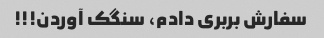
سفارش بربری دادم، سنگک آوردن!!!